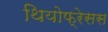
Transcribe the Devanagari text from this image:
थियोफ्रेसस